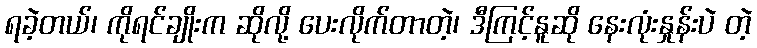
ရခဲ့တယ်၊ ကိုရင်ချိုးက ဆိုလို့ ပေးလိုက်တာတဲ့၊ ဒီကြင့်နူဆို နေးလုံးနှုန်းပဲ တဲ့